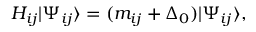
H _ { i j } | \Psi _ { i j } \rangle = ( m _ { i j } + \Delta _ { 0 } ) | \Psi _ { i j } \rangle ,